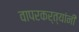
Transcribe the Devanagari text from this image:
वापरकर्त्यांनी